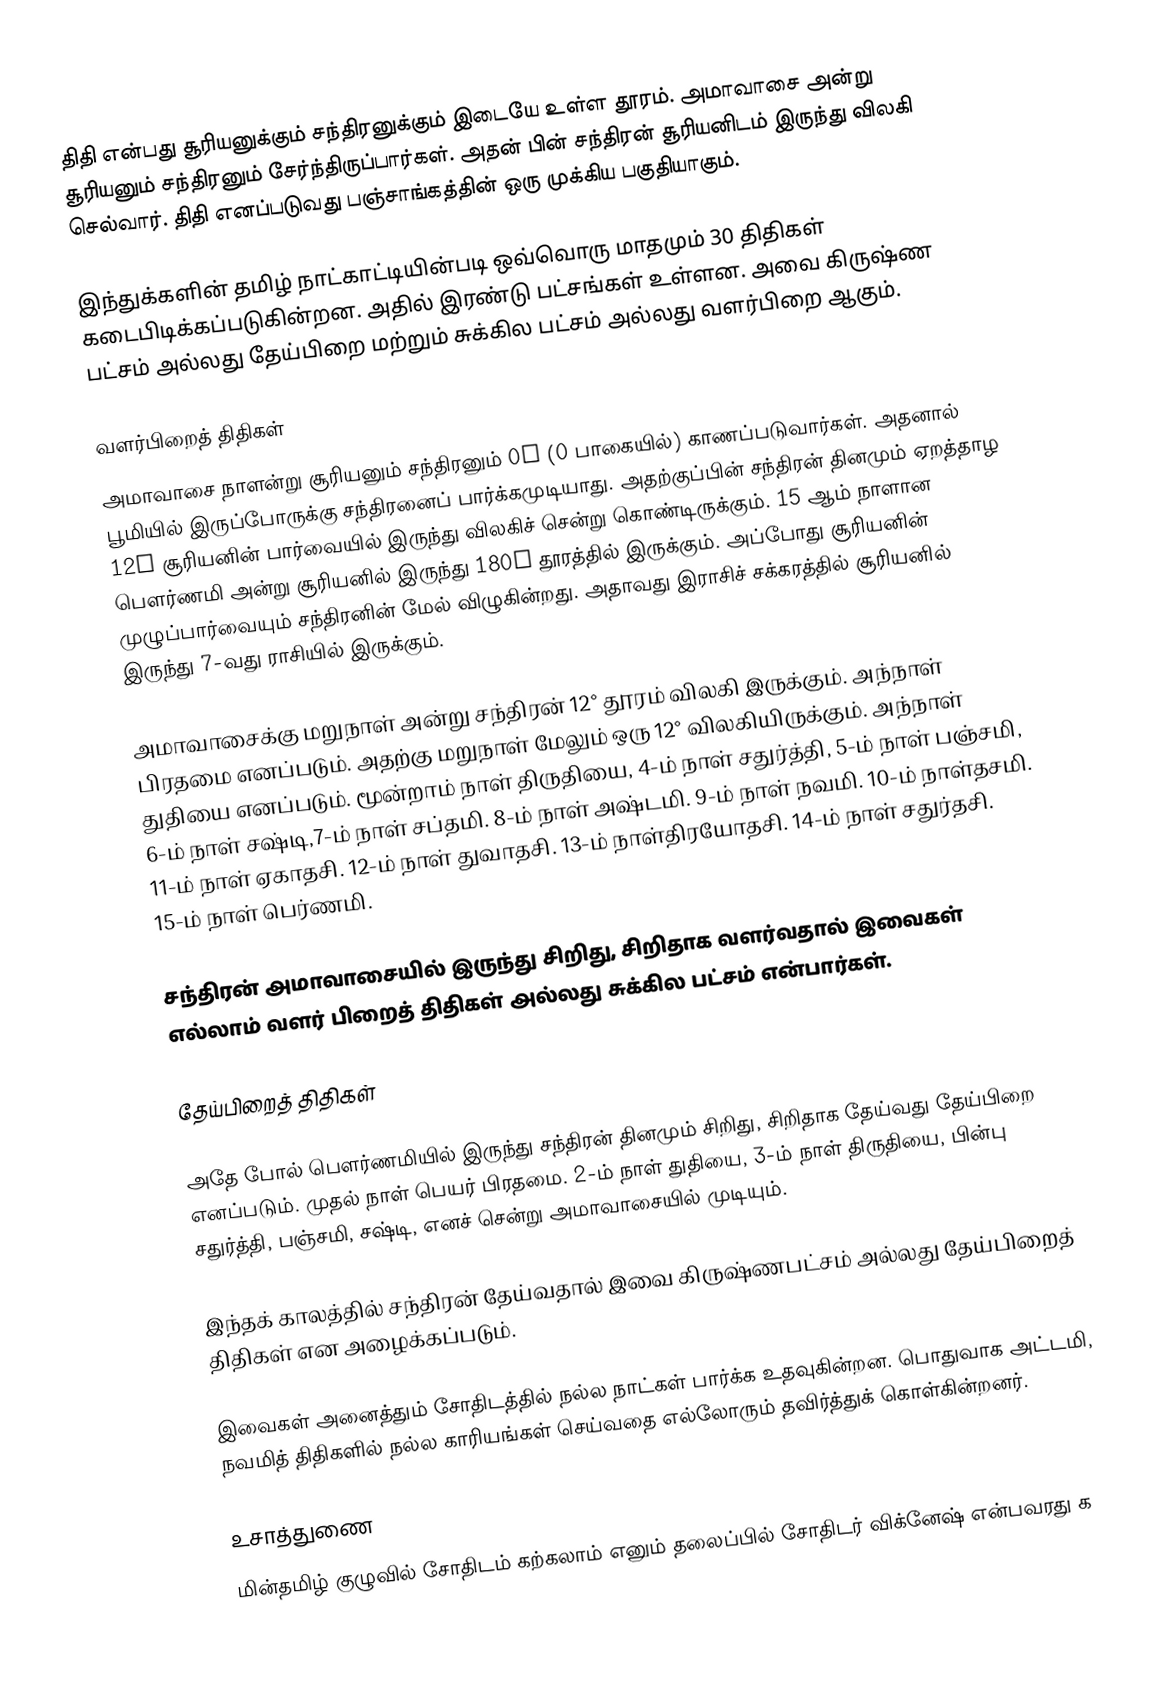
திதி என்பது சூரியனுக்கும் சந்திரனுக்கும் இடையே உள்ள தூரம். அமாவாசை அன்று சூரியனும் சந்திரனும் சேர்ந்திருப்பார்கள். அதன் பின் சந்திரன் சூரியனிடம் இருந்து விலகி செல்வார். திதி எனப்படுவது பஞ்சாங்கத்தின் ஒரு முக்கிய பகுதியாகும்.

இந்துக்களின் தமிழ் நாட்காட்டியின்படி ஒவ்வொரு மாதமும் 30 திதிகள் கடைபிடிக்கப்படுகின்றன. அதில் இரண்டு பட்சங்கள் உள்ளன. அவை கிருஷ்ண பட்சம் அல்லது தேய்பிறை மற்றும் சுக்கில பட்சம் அல்லது வளர்பிறை ஆகும்.

வளர்பிறைத் திதிகள்
அமாவாசை நாளன்று சூரியனும் சந்திரனும் 0° (0 பாகையில்) காணப்படுவார்கள். அதனால் பூமியில் இருப்போருக்கு சந்திரனைப் பார்க்கமுடியாது. அதற்குப்பின் சந்திரன் தினமும் ஏறத்தாழ 12° சூரியனின் பார்வையில் இருந்து விலகிச் சென்று கொண்டிருக்கும். 15 ஆம் நாளான பௌர்ணமி அன்று சூரியனில் இருந்து 180° தூரத்தில் இருக்கும். அப்போது சூரியனின் முழுப்பார்வையும் சந்திரனின் மேல் விழுகின்றது. அதாவது இராசிச் சக்கரத்தில் சூரியனில் இருந்து 7-வது ராசியில் இருக்கும்.

அமாவாசைக்கு மறுநாள் அன்று சந்திரன் 12° தூரம் விலகி இருக்கும். அந்நாள் பிரதமை எனப்படும். அதற்கு மறுநாள் மேலும் ஒரு 12° விலகியிருக்கும். அந்நாள் துதியை எனப்படும். மூன்றாம் நாள் திருதியை, 4-ம் நாள் சதுர்த்தி, 5-ம் நாள் பஞ்சமி, 6-ம் நாள் சஷ்டி,7-ம் நாள் சப்தமி. 8-ம் நாள் அஷ்டமி. 9-ம் நாள் நவமி. 10-ம் நாள்தசமி. 11-ம் நாள் ஏகாதசி. 12-ம் நாள் துவாதசி. 13-ம் நாள்திரயோதசி. 14-ம் நாள் சதுர்தசி. 15-ம் நாள் பெர்ணமி.

சந்திரன் அமாவாசையில் இருந்து சிறிது, சிறிதாக வளர்வதால் இவைகள் எல்லாம் வளர் பிறைத் திதிகள் அல்லது சுக்கில பட்சம் என்பார்கள்.

தேய்பிறைத் திதிகள்

அதே போல் பௌர்ணமியில் இருந்து சந்திரன் தினமும் சிறிது, சிறிதாக தேய்வது தேய்பிறை எனப்படும். முதல் நாள் பெயர் பிரதமை. 2-ம் நாள் துதியை, 3-ம் நாள் திருதியை, பின்பு சதுர்த்தி, பஞ்சமி, சஷ்டி, எனச் சென்று அமாவாசையில் முடியும்.

இந்தக் காலத்தில் சந்திரன் தேய்வதால் இவை கிருஷ்ணபட்சம் அல்லது தேய்பிறைத் திதிகள் என அழைக்கப்படும்.

இவைகள் அனைத்தும் சோதிடத்தில் நல்ல நாட்கள் பார்க்க உதவுகின்றன. பொதுவாக அட்டமி, நவமித் திதிகளில் நல்ல காரியங்கள் செய்வதை எல்லோரும் தவிர்த்துக் கொள்கின்றனர்.

உசாத்துணை
மின்தமிழ் குழுவில் சோதிடம் கற்கலாம் எனும் தலைப்பில் சோதிடர் விக்னேஷ் என்பவரது க